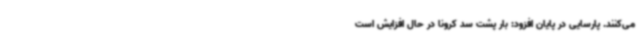
می‌کنند. پارسایی در پایان افزود: بار پشت سد کرونا در حال افزایش است